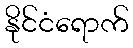
နိုင်ငံရောက်